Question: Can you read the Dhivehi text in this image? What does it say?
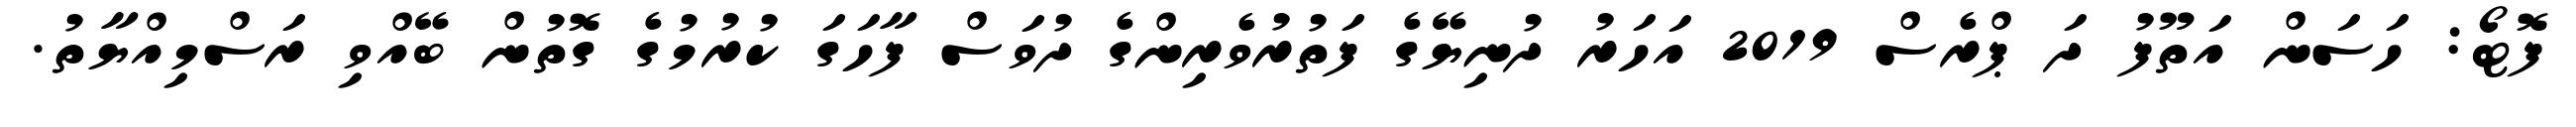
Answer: ފޮޓޯ: ހަސަން އަތޫފު ދަ ޕްރެސް 2019 އަހަރު ދުނިޔޭގެ ފަތުރުވެރިންގެ ދުވަސް ފާހަގަ ކުރުމުގެ ގޮތުން ބޭއްވި ރަސްމިއްޔާތު.